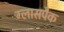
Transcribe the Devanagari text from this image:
ग्लासपैक